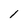
Character: 1